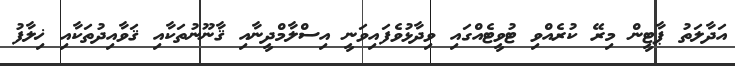
އަދާލަތު ޕާޓީން މިރޭ ކުރެއްވި ޓުވީޓެއްގައި ވިދާޅުވެފައިވަނީ އިސްލާމްދީނާއި ޤާނޫނުތަކާއި ޤަވާއިދުތަކާއި ޚިލާފު